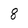
Character: 8